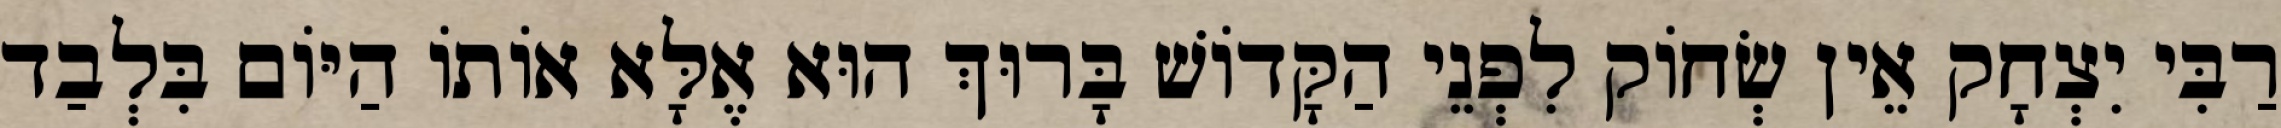
רַבִּי יִצְחָק אֵין שְׂחוֹק לִפְנֵי הַקָּדוֹשׁ בָּרוּךְ הוּא אֶלָּא אוֹתוֹ הַיּוֹם בִּלְבַד